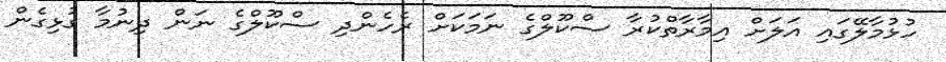
ހުޅުމާލޭގައި އަލަށް އިމާރާތްކުރާ ސްކޫލްގެ ނަމަކަށް ރެހެންދި ސްކޫލްގެ ނަން ދިނުމާ ގުޅިގެން